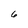
Character: 6